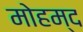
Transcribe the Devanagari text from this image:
मोहम्द